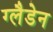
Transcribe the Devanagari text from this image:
ग्लैडेन